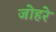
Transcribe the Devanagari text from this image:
जोहरे